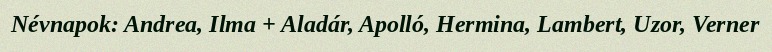
Névnapok: Andrea, Ilma + Aladár, Apolló, Hermina, Lambert, Uzor, Verner